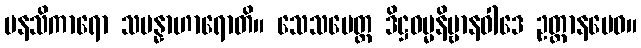
မနသိကာရော သမန္နာဟာရောတိ။ သေသမေတ္ထ ဒိဋ္ဌဓမ္မနိဗ္ဗာနဝါဒေ ဥတ္တာနမေဝ။